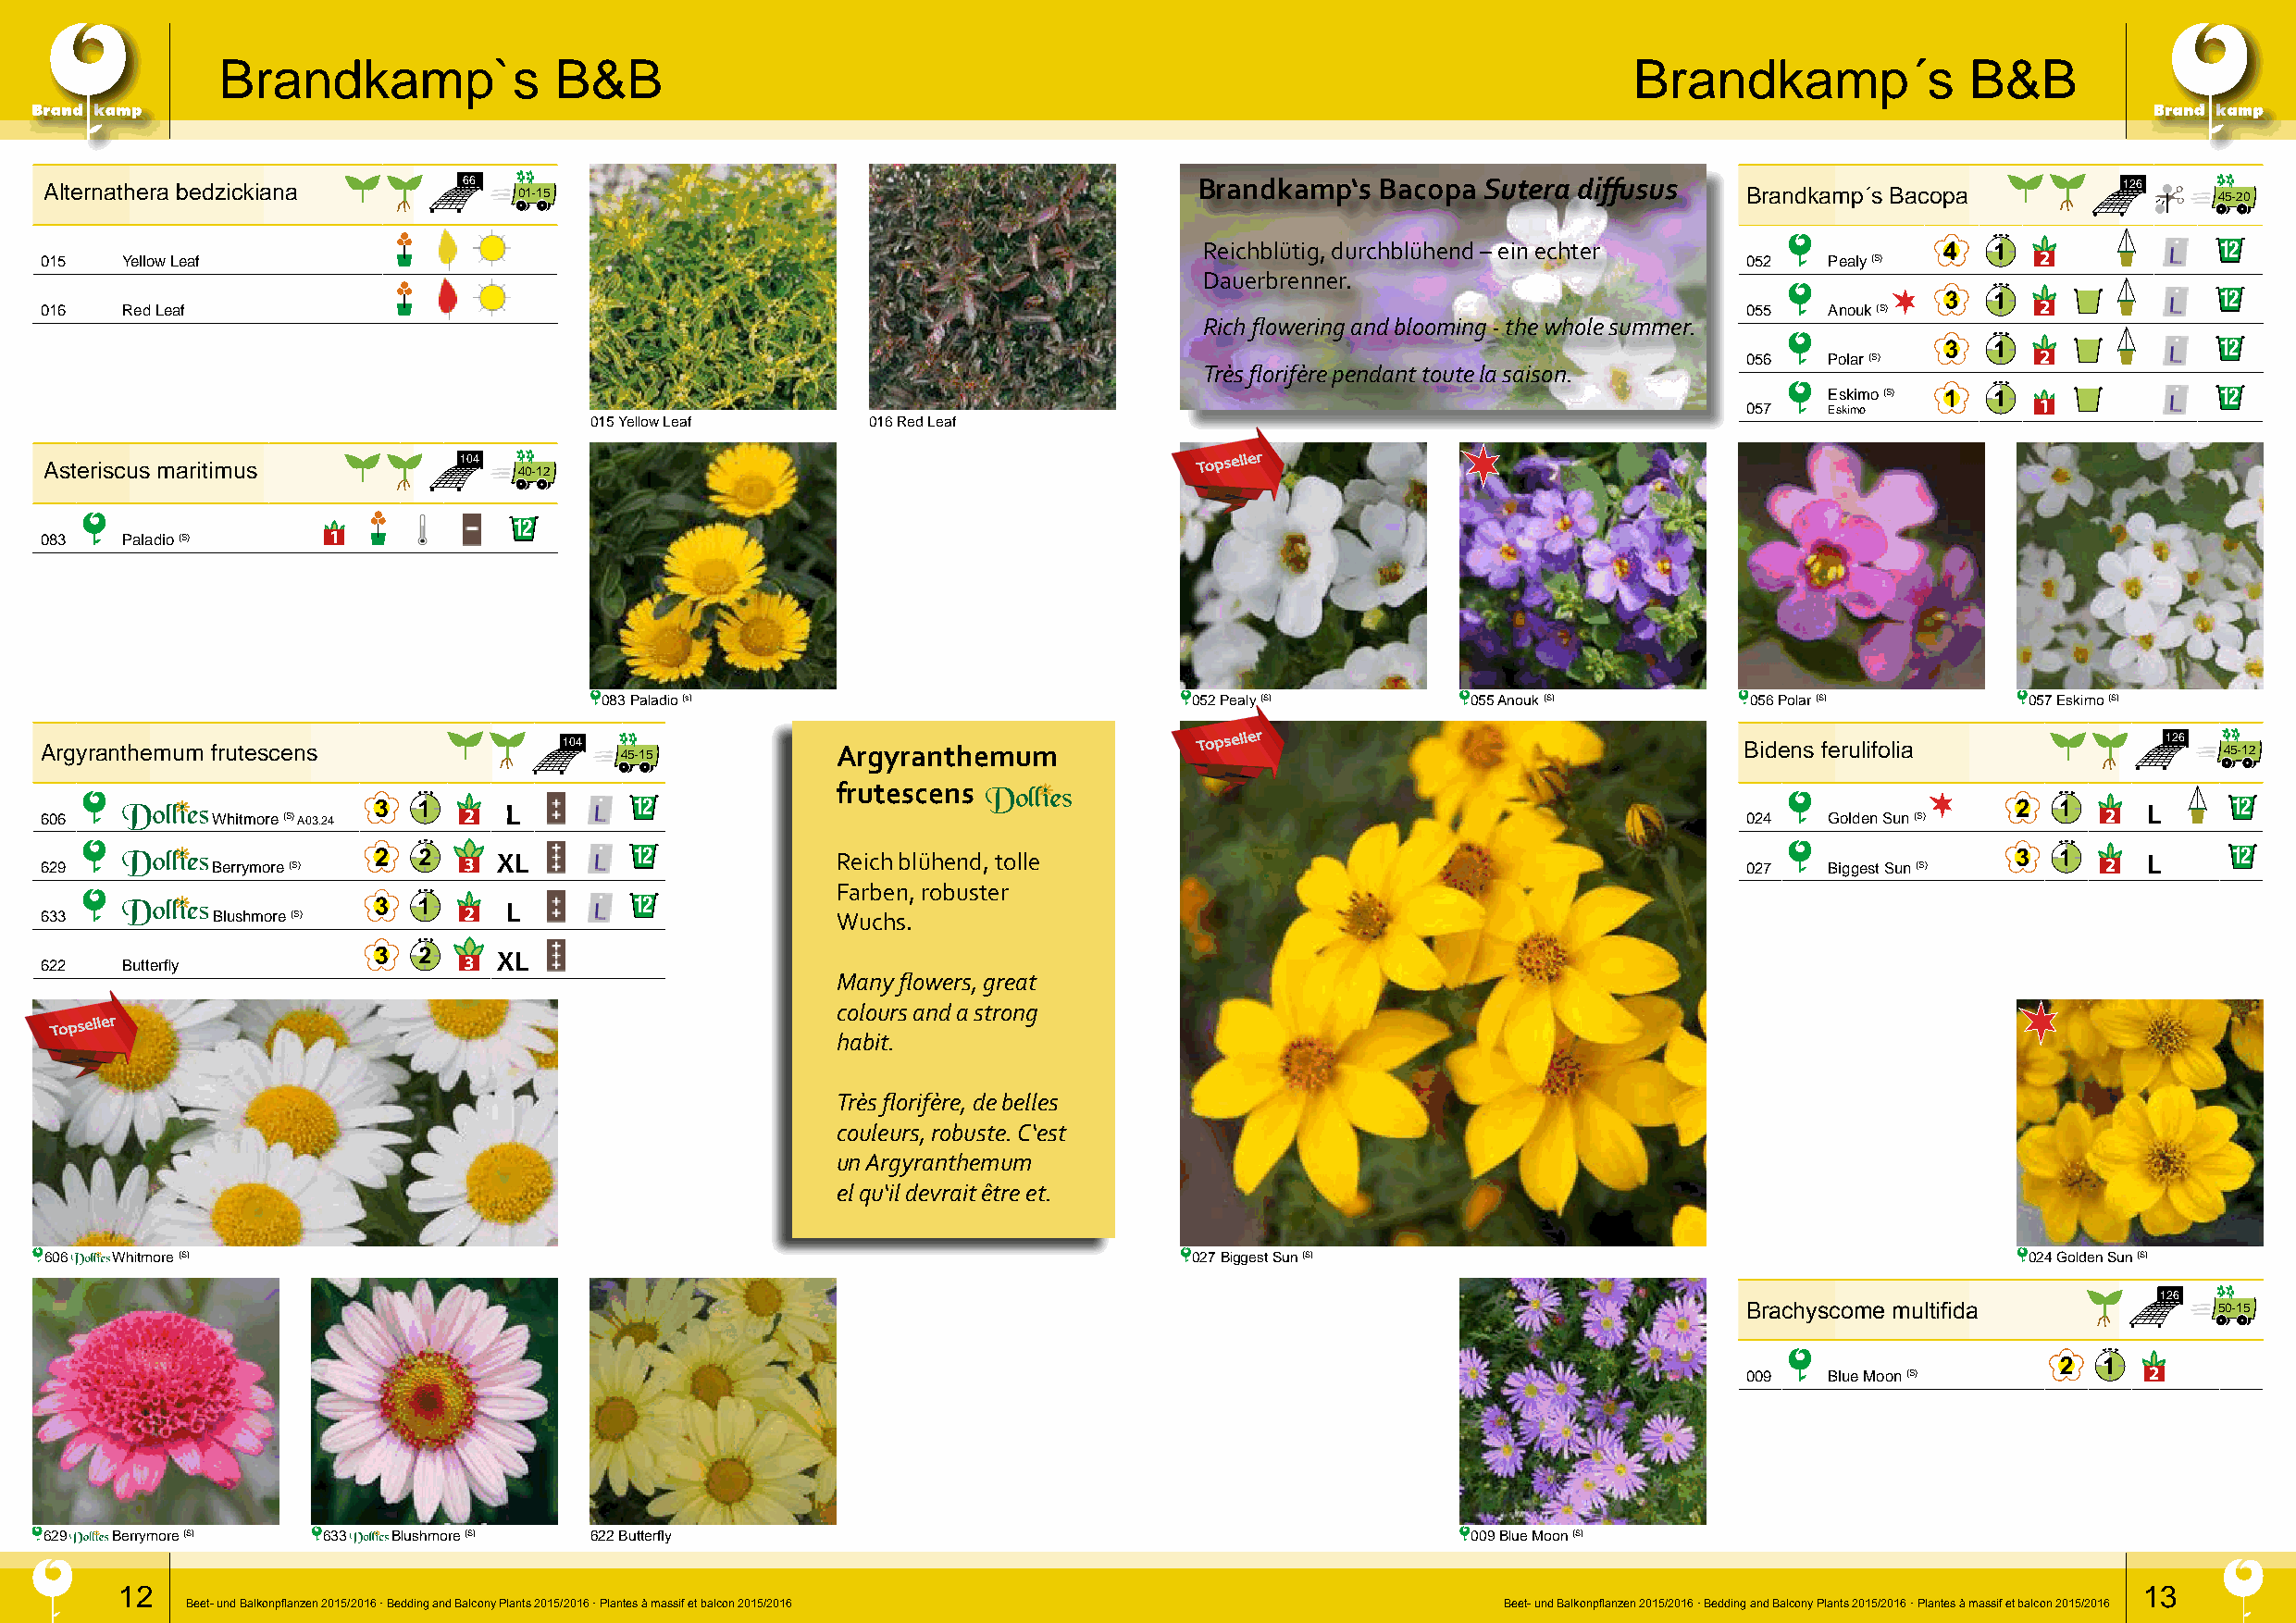
Brandkamp`s             B&B                                                                          Brandkamp´s             B&B
 Alternathera bedzickiana      66  01-15                                            Brandkamp‘s  Bacopa Sutera diffusus    Brandkamp´s Bacopa         126    45-20
 Reichblütig, durchblühend – ein echter                                   12
 015   Yellow Leaf                                                                                                         052   Pealy (S)
 Dauerbrenner.
 12
 016   Red Leaf                                                                                                            055   Anouk (S)
 Rich flowering and blooming - the whole summer.
 12
 056   Polar (S)
 Très florifère pendant toute la saison.
 Eskimo (S)                  12
 057   Eskimo
 015 Yellow Leaf     016 Red Leaf
 Asteriscus maritimus
 104
 40-12
 Topseller
 12
 083   Paladio (S)
 083 Paladio (s)                           052 Pealy (S)       055 Anouk (S)       056 Polar (S)       057 Eskimo (S)
 Argyranthemum frutescens             104 45-15           Argyranthemum             Topseller                              Bidens ferulifolia            126 45-12
 frutescens
 L        12                                                                                                           L     12
 606         Whitmore (S) A03.24                                                                                           024   Golden Sun (S)
 XL       12             Reich blühend, tolle                                                                          L     12
 629         Berrymore (S)                                                                                                 027   Biggest Sun (S)
 Farben, robuster
 L        12
 633         Blushmore (S)                                Wuchs.
 XL
 622   Butterfly
 Many flowers, great
 colours and a strong
 Topseller
 habit.
 Très florifère, de belles
 couleurs, robuste. C‘est
 un Argyranthemum
 el qu‘il devrait être et.
 606  Whitmore (S)                                                                 027 Biggest Sun (S)                                         024 Golden Sun (S)
 126
 Brachyscome multifida             50-15
 009   Blue Moon (S)
 629  Berrymore (S)  633  Blushmore (S) 622 Butterfly                                                  009 Blue Moon (S)
 12                                                                                                                                               13
 Beet- und Balkonpflanzen 2015/2016 · Bedding and Balcony Plants 2015/2016 · Plantes à massif et balcon 2015/2016 Beet- und Balkonpflanzen 2015/2016 · Bedding and Balcony Plants 2015/2016 · Plantes à massif et balcon 2015/2016